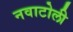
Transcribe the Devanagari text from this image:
नवाटोली